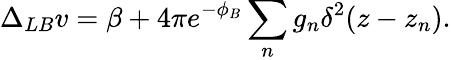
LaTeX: \Delta_{LB}v=\beta+4\pi e^{-\phi_{B}}\sum_{n}g_{n}\delta^{2}(z-z_{n}).